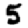
Digit: 5